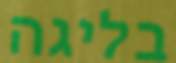
בליגה